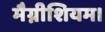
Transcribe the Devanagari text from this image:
मैग्नीशियम।